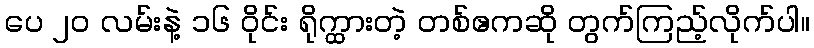
ပေ ၂၀ လမ်းနဲ့ ၁၆ ဝိုင်း ရိုက္ထားတဲ့ တစ်ဧကဆို တွက်ကြည့်လိုက်ပါ။